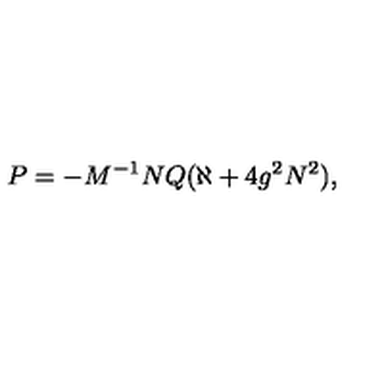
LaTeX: P = - M ^ { - 1 } N Q ( \aleph + 4 g ^ { 2 } N ^ { 2 } ) ,